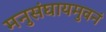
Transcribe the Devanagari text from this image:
मनुसंघायमुवनं